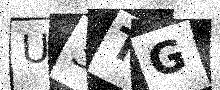
Text: U3TG